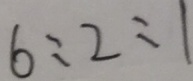
6 : 2 : 1